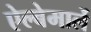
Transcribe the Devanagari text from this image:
ऐल्बेमार्ले